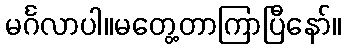
မင်္ဂလာပါ။မတွေ့တာကြာပြီနော်။